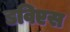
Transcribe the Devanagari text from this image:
डविएस